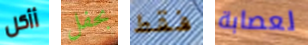
أأكل بحفل فقط لعصابة